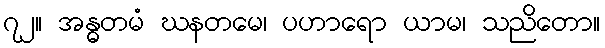
၇၂။ အန္ဓတမံ ဃနတမေ၊ ပဟာရော ယာမ၊ သညိတော။